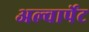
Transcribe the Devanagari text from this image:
अल्वार्पेट